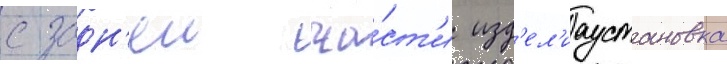
с задн'еи ча́ст'и изд'ел'иаустановка